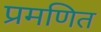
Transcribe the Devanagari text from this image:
प्रमणित